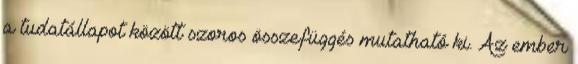
a tudatállapot között szoros összefüggés mutatható ki. Az ember